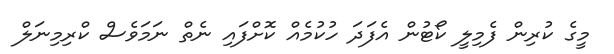
މީގެ ކުރިން ފެމިލީ ކޯޓުން އެފަދަ ހުކުމެއް ކޮށްފައި ނެތް ނަމަވެސް ކްރިމިނަލް